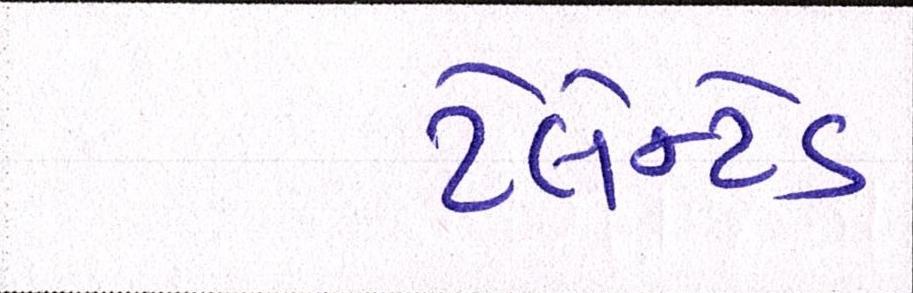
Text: ટેલેન્ટેડ